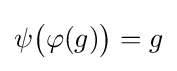
\psi {\bigl (}\varphi (g){\bigr )}=g